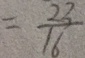
= \frac { 2 3 } { 1 6 }